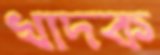
খাদক